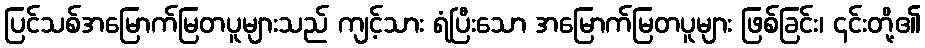
ပြင်သစ်အမြောက်မြတပူများသည် ကျင့်သား ရံပြီးသော အမြောက်မြတပူများ ဖြစ်ခြင်း၊ ၎င်းတို့၏